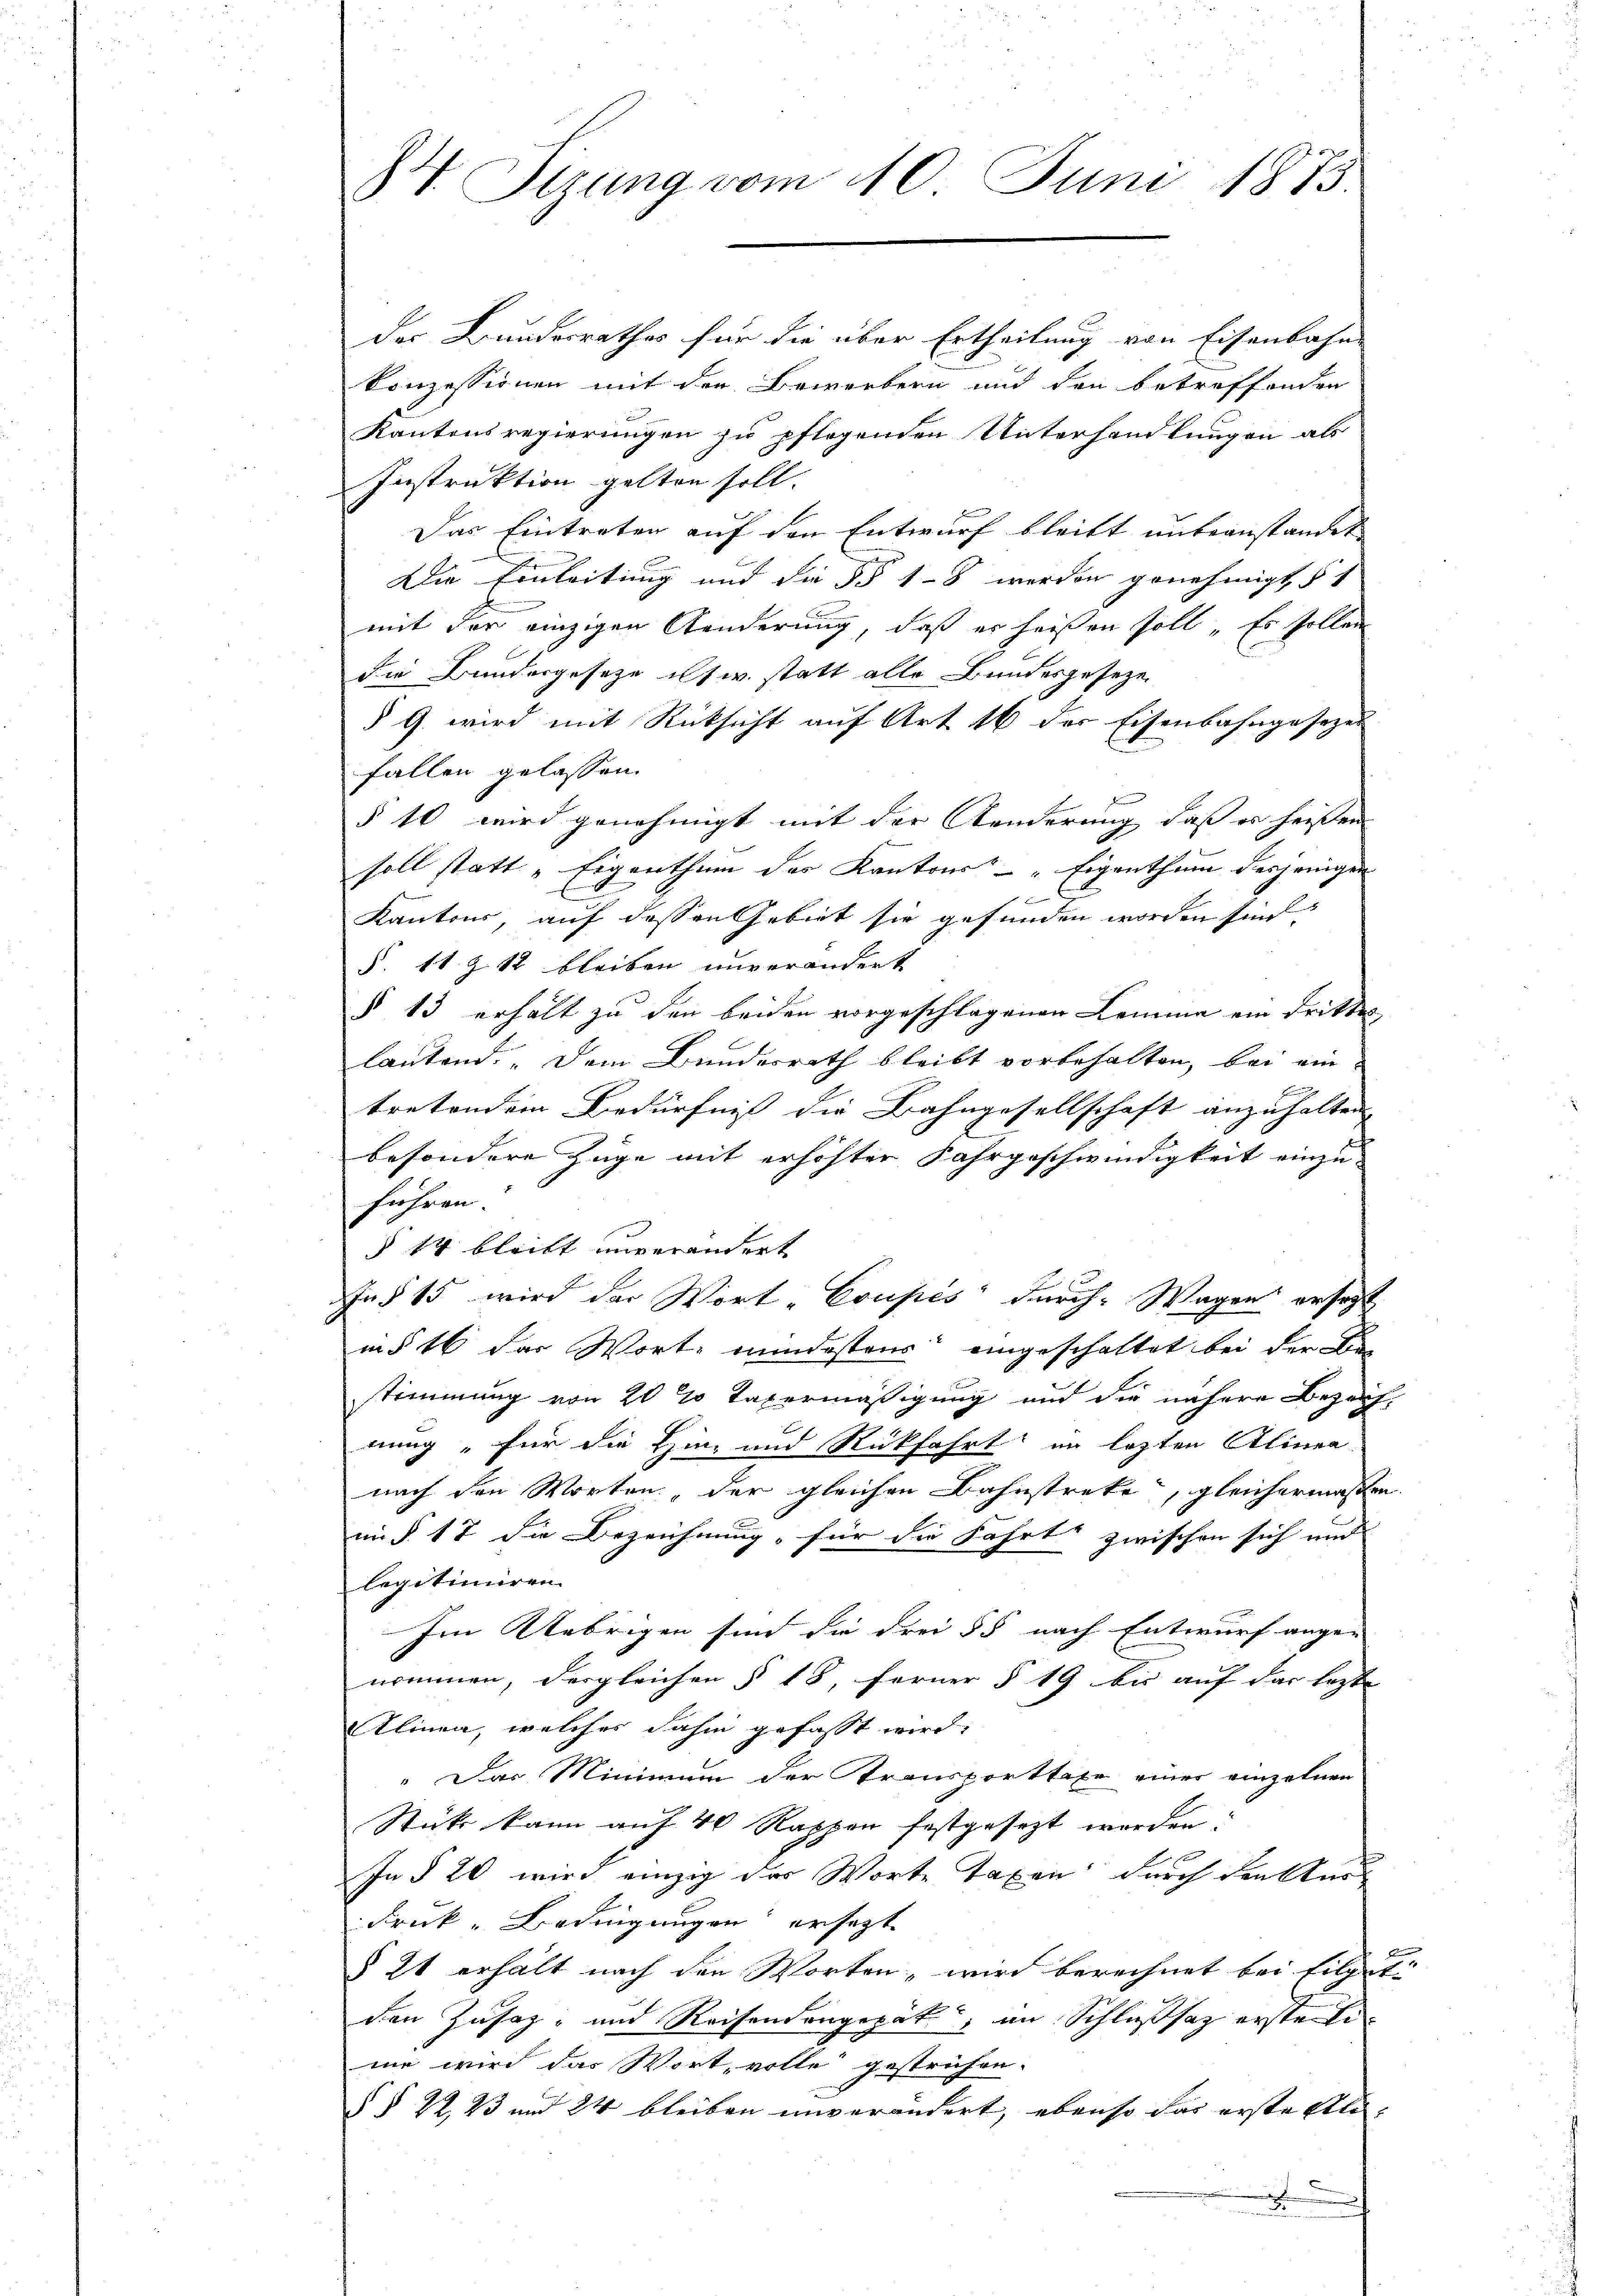
S Sizung vom 10. Juni 1873.

der Bundesrathes für die über Ertheilung von Eisenbahn
konzessionen mit der Bewerbern und den betreffenden
Kantonsregierungen zu pflegenden Unterhandlungen als
Instruktion gelten soll.
Das Eintreten auf den Entwurf bleibt unbeanstandet
Die Einleitung und die §§ 18 werden genehmigt, § 1
mit der einzigen Aenderung, daß er heißen soll „Es sollen
die Bundesgesetze ist w. statt alle Bundesgeseze
§ G. wird mit Rücksicht auf Art 16 der Eisenbahngesezes
fallen gelassen.
§ 10 wird genehmigt mit der Aenderung daß es heißen
soll statt „Eigenthum des Kantons - „Eigenthum desjenigen
f f
Kantons, auf dessen Gebiet sie gefunden worden sind,
§. 11. Z. 12 bleiben unverändert
§ 13 erhält zu den beiden vorgeschlagenen Lemma ein Dritten
lautend: „Dem Bundesrath bleibt vorbehalten, bei ein
tretendem Bedürfnis die Bahngesellschaft anzuhalten
besondere Zuge mit erhöhter Jahrgeschwindigkeit einzuführen.
§ 14 bleibt unverändert
In § 15 wird der Wort Coupés durch Wagen ersetzt
m § 16 das Worte mindestens eingeschaftet bei der die
stimmung von 20 % Taxermäßigung und die nähere Bezeich-
nung, für die Hin- und Rückfahrt in lezten Alinea
nach den Worten, der gleichen Bahnstreke, gleichermaßen.
mi § 17 die Bezeichnung, für die Fahrt zwischen sich und
legitimiren.
Im Uebrigen sind die drei 55 nach Entwurf ange-
nommen, dergleichen § 18, ferner § 19 bis auf der lezte
Alinen, welches dahin gefasst wird.
" Das Minimum der Transporttaxe einer einzelnen
Stück kann auf 40 Rappen festgesezt worden.
In § 20 wird einzig das Worte Taxen durch den kur
Fruk-Bedingungen ersezt
2
§ 21 erhalt nach den Worten, wird berechnet bei filget
den Zusatz- und Reisendangepät, im Schlußsaz erstete
me wird das Wort, volle gestrichen.
§ § 22, 23 und 24 bleiben unverändert, ebenso das erste Ali-
 |
x